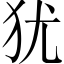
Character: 犹